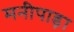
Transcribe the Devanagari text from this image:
मनीपाड़ा